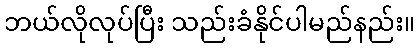
ဘယ်လိုလုပ်ပြီး သည်းခံနိုင်ပါမည်နည်း။